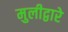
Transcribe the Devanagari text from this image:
मुलीद्वारे